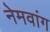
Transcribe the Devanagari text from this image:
नेमवांग